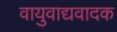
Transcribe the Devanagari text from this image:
वायुवाद्यवादक